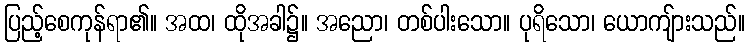
ပြည့်စေကုန်ရာ၏။ အထ၊ ထိုအခါ၌။ အညော၊ တစ်ပါးသော။ ပုရိသော၊ ယောကျ်ားသည်။